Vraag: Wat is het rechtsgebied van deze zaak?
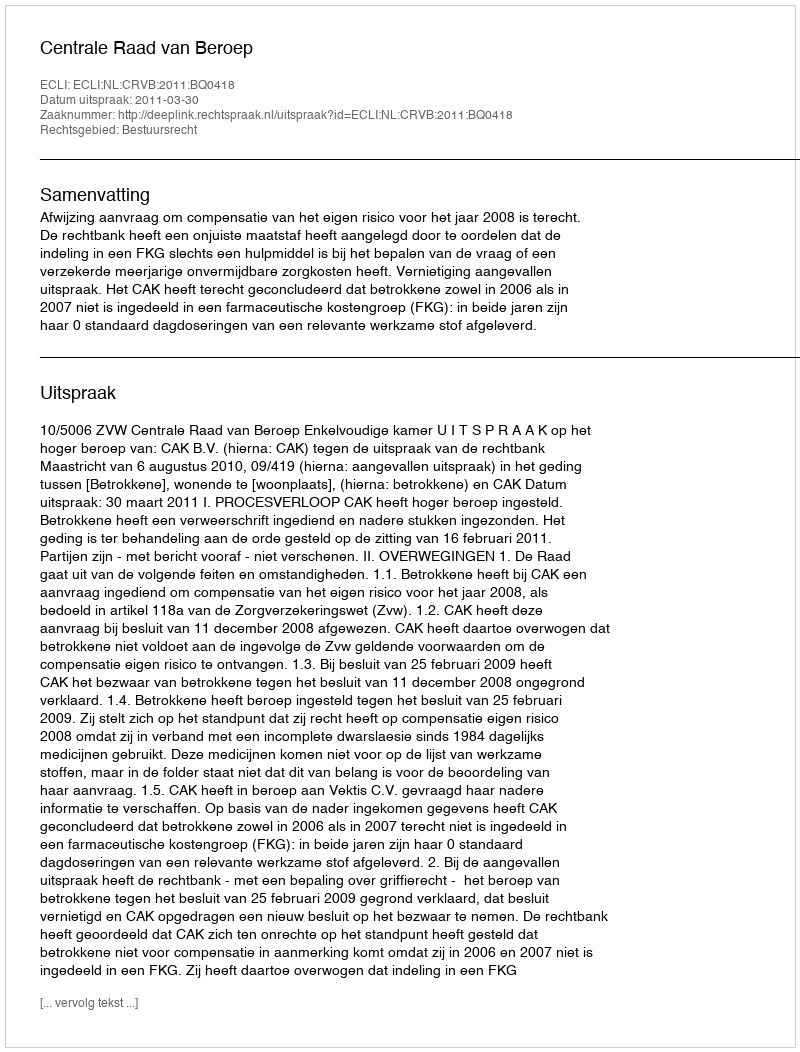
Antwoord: Bestuursrecht